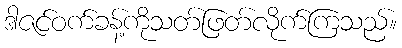
ဒါဇင်ဝက်ခန့်ကိုသတ်ဖြတ်လိုက်ကြသည်။